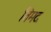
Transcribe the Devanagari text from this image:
विमद